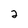
Character: 2